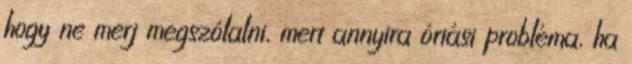
hogy ne merj megszólalni, mert annyira óriási probléma, ha